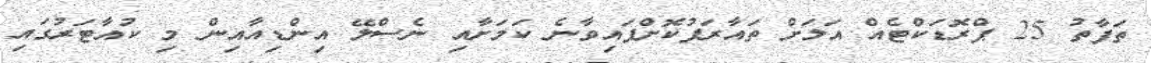
ތަފާތު 25 ޕްރޮޑަކްޓެއް އަލަށް ތައާރަފުކޮށްފައިވާނެ ކަމަށާއި ނެސްލޭ އިންޑިއާއިން މި ކުއާޓަރުގައި